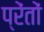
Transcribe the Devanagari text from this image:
प्रेंतों